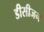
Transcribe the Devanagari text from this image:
डीसीजन